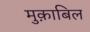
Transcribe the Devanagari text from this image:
मुक़ाबिल